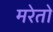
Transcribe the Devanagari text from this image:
मरेतो